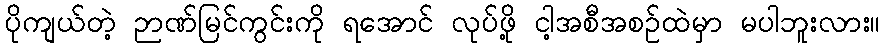
ပိုကျယ်တဲ့ ဉာဏ်မြင်ကွင်းကို ရအောင် လုပ်ဖို့ ငါ့အစီအစဉ်ထဲမှာ မပါဘူးလား။